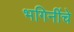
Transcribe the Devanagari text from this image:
भगिनींचे